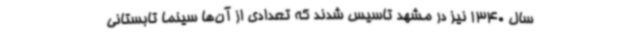
سال 1340 نیز در مشهد تاسیس شدند که تعدادی از آن‌ها سینما تابستانی